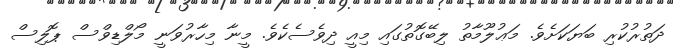
ދަތުރުކުރި ބަޔަކަށެވެ. މަޢުލޫމާތު ލިބޭގޮތުގައި މިއީ ދިވެސެކެވެ. މީނާ މިހާރުވަނީ މޯލްޑިވްސް ޕޮލިސް